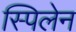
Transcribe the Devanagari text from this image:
स्पिलेन